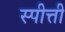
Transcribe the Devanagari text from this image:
स्पीत्ती